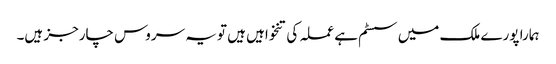
ہمارا پورے ملک میں سسٹم ہے عملہ کی تنخواہیں ہیں تو یہ سروس چارجز ہیں۔